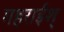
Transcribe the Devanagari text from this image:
गहराईश्